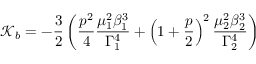
\mathcal { K } _ { b } = - \frac { 3 } { 2 } \left( \frac { p ^ { 2 } } { 4 } \frac { \mu _ { 1 } ^ { 2 } \beta _ { 1 } ^ { 3 } } { \Gamma _ { 1 } ^ { 4 } } + \left( 1 + \frac { p } { 2 } \right) ^ { 2 } \frac { \mu _ { 2 } ^ { 2 } \beta _ { 2 } ^ { 3 } } { \Gamma _ { 2 } ^ { 4 } } \right)